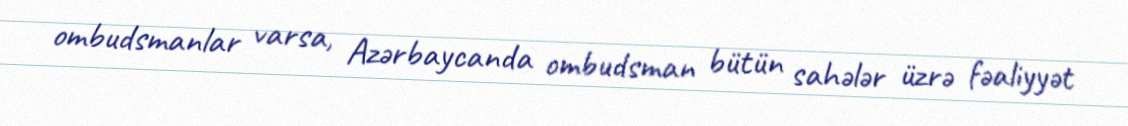
ombudsmanlar varsa, Azərbaycanda ombudsman bütün sahələr üzrə fəaliyyət